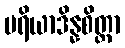
ပရိယာဒိန္နစိတ္တာ